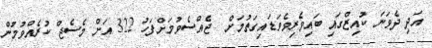
އަދި ދެވަނަ ކުއިޒްގައި ބައިވެރިވެވަޑައިގަތުމަށް  ޖެއްސެވުމަށްފަހު 322 އަށް މެސެޖް ކުރެއްވުމުން